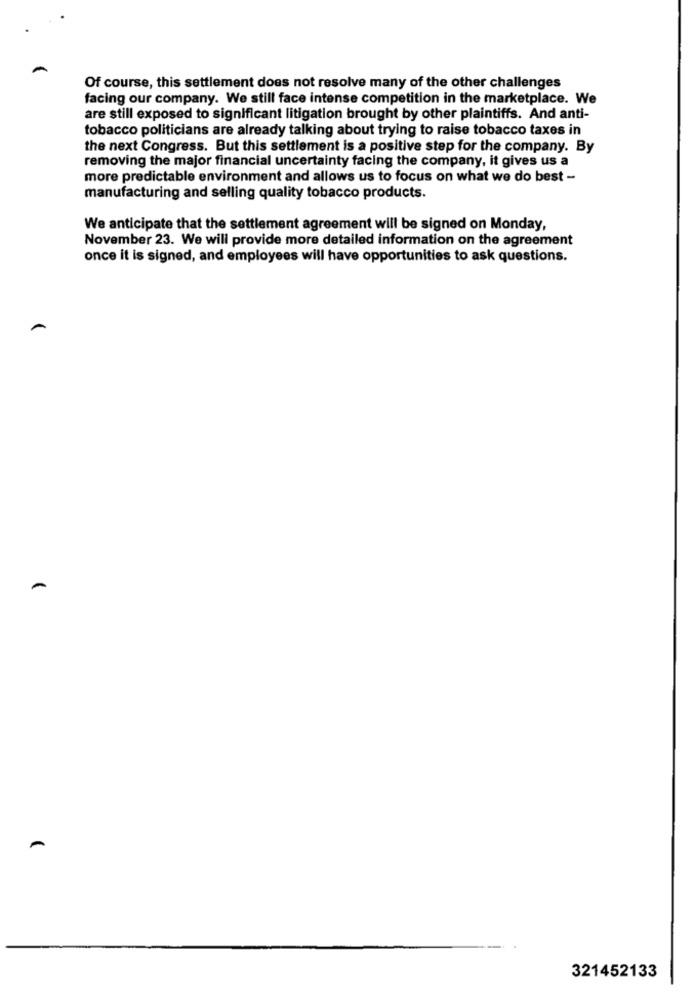
Of course, this settlement does not resolve many of the other challenges
facing our company. We still face intense competition in the marketplace. We
are still exposed to significant litigation brought by other plaintiffs. And anti-
tobacco politicians are already talking about trying to raise tobacco taxes in
the next Congress. But this settlement is a positive step for the company. By
removing the major financial uncertainty facing the company, it gives us a
more predictable environment and allows us to focus on what we do best -
manufacturing and selling quality tobacco products.
We anticipate that the settlement agreement will be signed on Monday,
November 23. We will provide more detailed information on the agreement
once it is signed, and employees will have opportunities to ask questions.
A
321452133